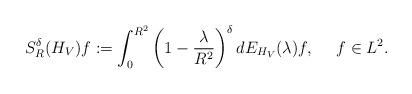
LaTeX: \begin{align*} S^{\delta}_R(H_V) f := \int_0^{R^2} \left(1-\frac{\lambda}{R^2}\right)^{\delta}dE_{H_V}(\lambda) f, \ \ \ \ f\in L^2. \end{align*}